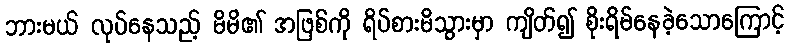
ဘားမယ် လုပ်နေသည့် မိမိ၏ အဖြစ်ကို ရိပ်စားမိသွားမှာ ကျိတ်၍ စိုးရိမ်နေခဲ့သောကြောင့်